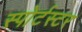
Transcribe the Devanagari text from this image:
स्पोर्टस्टर